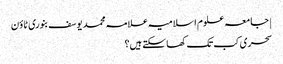
| جامعہ علوم اسلامیہ علامہ محمد یوسف بنوری ٹاؤن
سحری کب تک کھا سکتے ہیں؟